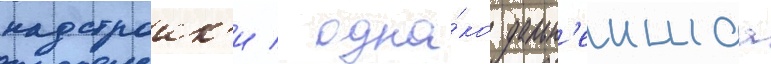
надстроик'и / одна́ко дальн'еишаа